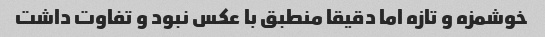
خوشمزه و تازه اما دقیقا منطبق با عکس نبود و تفاوت داشت